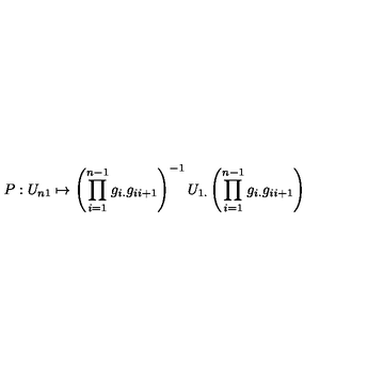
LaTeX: P : U _ { n 1 } \mapsto \left( \prod _ { i = 1 } ^ { n - 1 } g _ { i . } g _ { i i + 1 } \right) ^ { - 1 } U _ { 1 . } \left( \prod _ { i = 1 } ^ { n - 1 } g _ { i . } g _ { i i + 1 } \right)